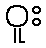
ဝူး